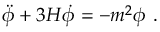
\ddot { \phi } + 3 H \dot { \phi } = - m ^ { 2 } \phi \ .